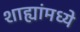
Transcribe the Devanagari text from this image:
शाह्यांमध्ये